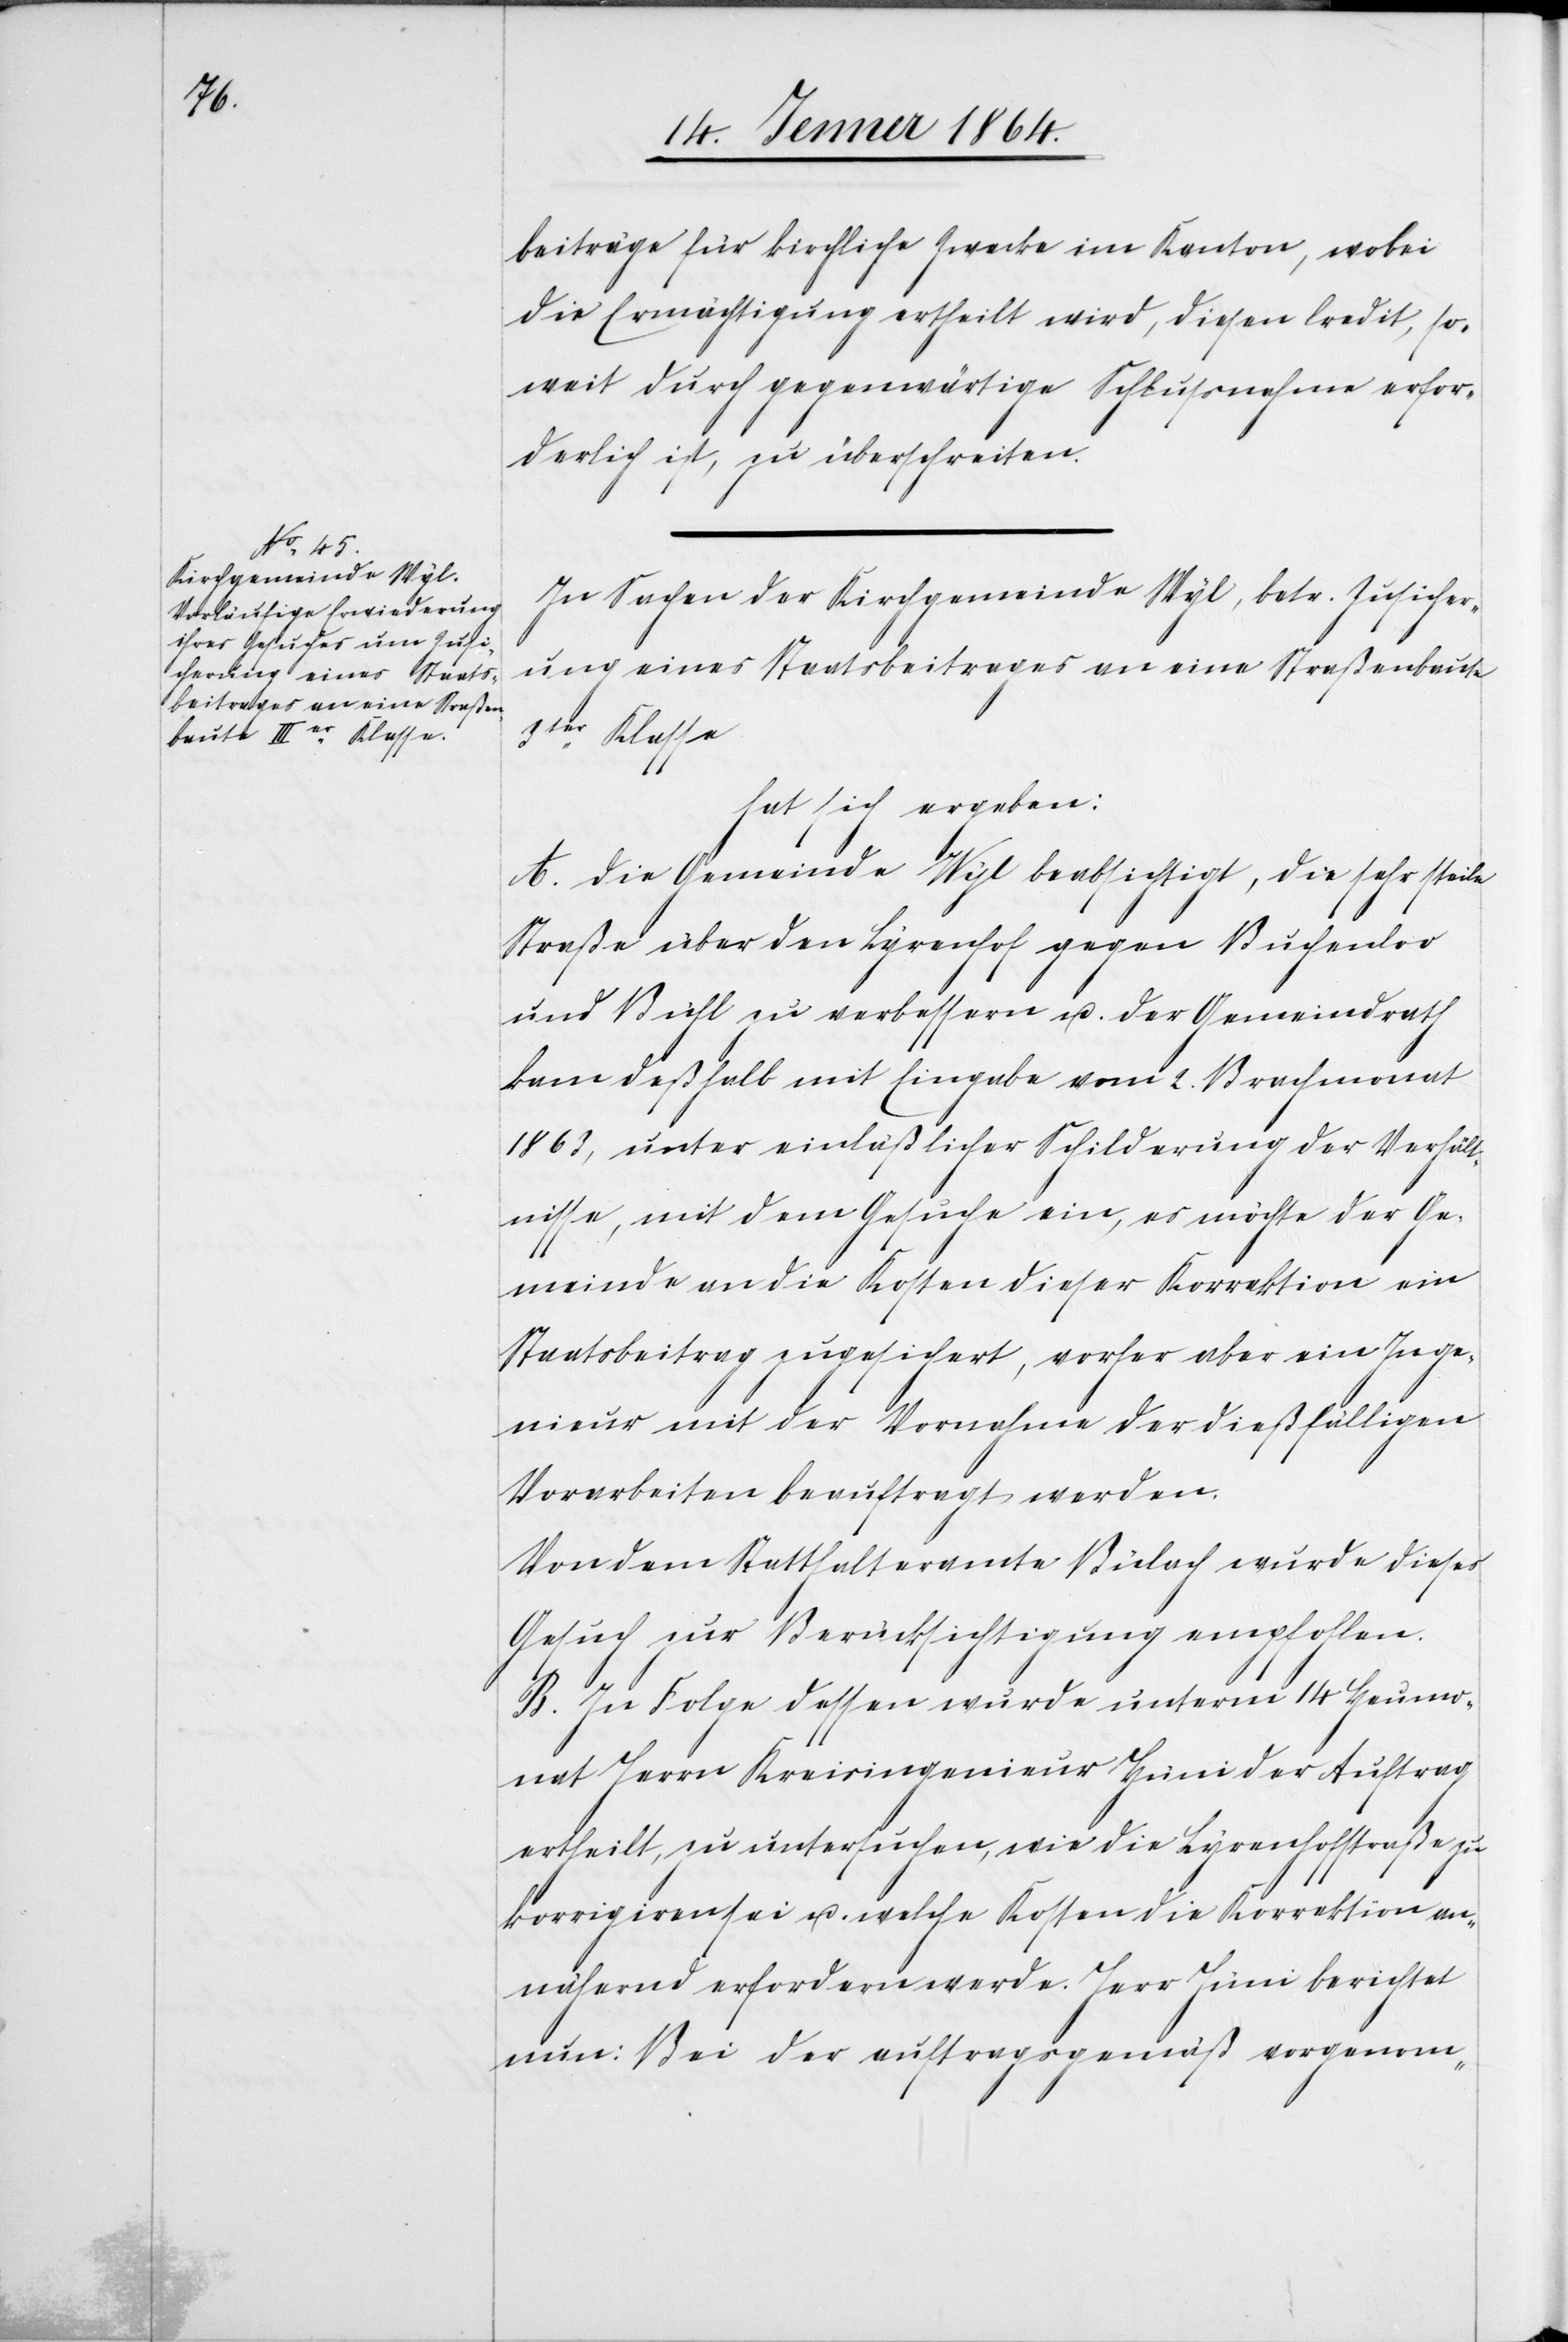
beiträge für kirchliche Zwecke im Kanton, wobei
die Ermächtigung ertheilt wird, diesen Credit, so¬
weit durch gegenwärtige Schlussnahme erfor¬
derlich ist, zu überschreiten.
In Sachen der Kirchgemeinde Wyl, betr. Zusicher¬
ung eines Staatsbeitrages an eine Straßenbaute
3ter Klasse
hat sich ergeben:
A. Die Gemeinde Wyl beabsichtigt, die sehr steile
Straße über den Lyrenhof gegen Buchenloo
und Bühl zu verbessern u. der Gemeindrath
kam deßhalb mit Eingabe vom 2. Brachmonat
1863, unter einläßlicher Schilderung der Verhält¬
nisse, mit dem Gesuche ein, es möchte der Ge¬
meinde an die Kosten dieser Korrektion ein
Staatsbeitrag zugesichert, vorher aber ein Inge¬
nieur mit der Vornahme der dießfälligen
Vorarbeiten beauftragt werden.
Von dem Statthalteramte Bülach wurde dieses
Gesuch zur Berücksichtigung empfohlen.
B. In Folge dessen wurde unterm 14. Heumo¬
nat Herrn Kreisingenieur Hüni der Auftrag
ertheilt, zu untersuchen, wie die Lyrenhofstraße zu
korrigieren sei u. welche Kosten die Korrektion an¬
nähernd erfordern werde. Herr Hüni berichtet
nun: Bei der auftragsgemäß vorgenom-